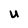
Character: U